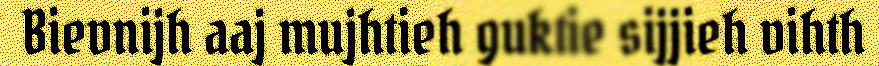
Bievnijh aaj mujhtieh guktie sijjieh vihth